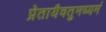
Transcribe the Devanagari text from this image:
प्रेतायैवतुमध्यमं